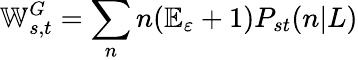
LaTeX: \mathbb{W}_{s,t}^{G}=\sum_{n}n(\mathbb{E}_{\varepsilon}+1)P_{st}(n|L)